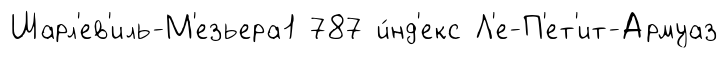
Шарл'ев'иль-М'езьера1 787 и́нд'екс Л'е-П'ет'ит-Армуаз